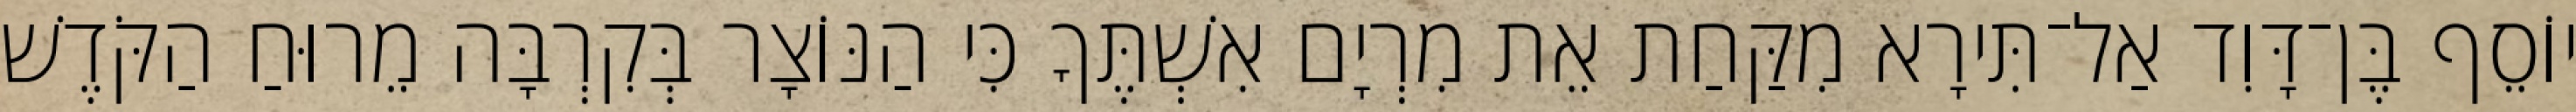
יוֹסֵף בֶּן־דָּוִד אַל־תִּירָא מִקַּחַת אֵת מִרְיָם אִשְׁתֶּךָ כִּי הַנּוֹצָר בְּקִרְבָּה מֵרוּחַ הַקֹּדֶשׁ